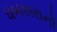
ધબકારાનો